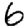
Digit: 6